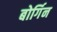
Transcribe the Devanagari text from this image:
बोर्गिन